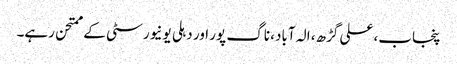
پنجاب، علی گڑھ، الہ آباد، ناگ پور اور دہلی یونیورسٹی کے ممتحن رہے۔